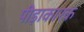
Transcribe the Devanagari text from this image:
पीड़ाकारक